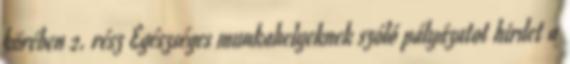
körében 2. rész Egészséges munkahelyeknek szóló pályázatot hirdet a